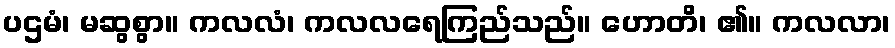
ပဌမံ၊ မဆွစွာ။ ကလလံ၊ ကလလရေကြည်သည်။ ဟောတိ၊ ၏။ ကလလာ၊